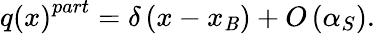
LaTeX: q\left(x\right)^{part}=\delta\left(x-x_{\mathit{B}}\right)+O\left(\alpha_{S}\right).